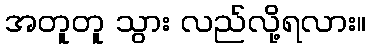
အတူတူ သွား လည်လို့ရလား။